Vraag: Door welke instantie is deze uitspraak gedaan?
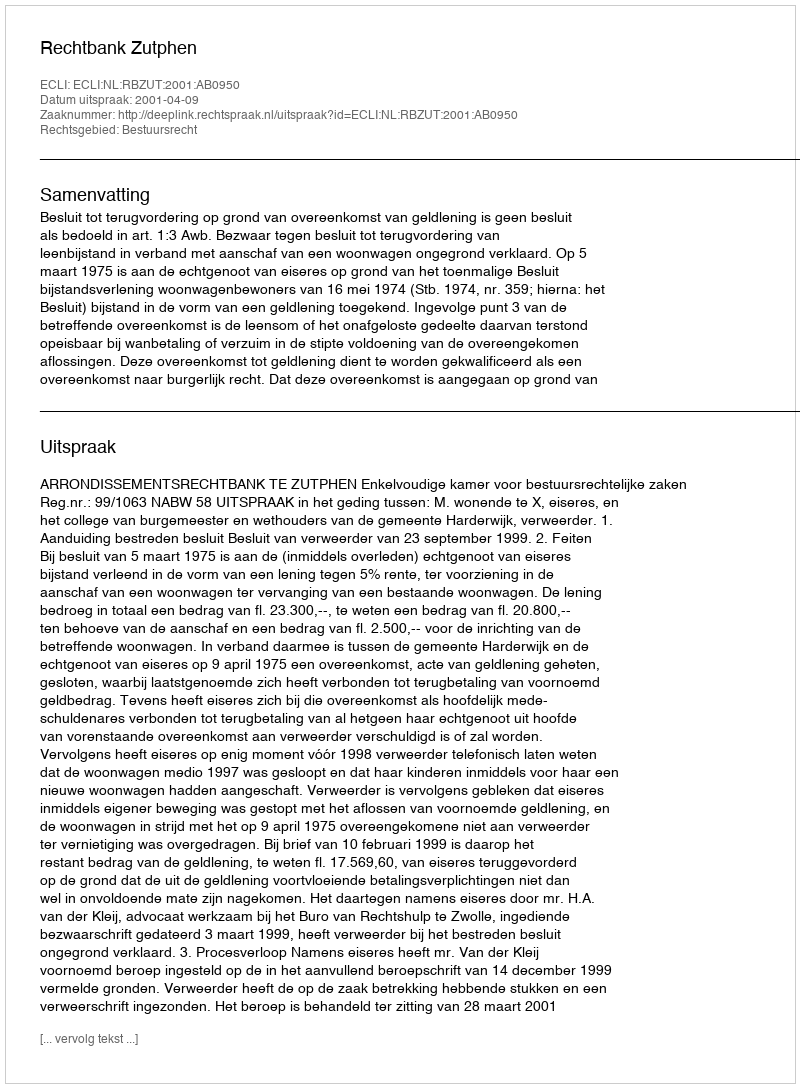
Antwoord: Rechtbank Zutphen